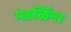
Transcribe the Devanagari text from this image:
मंडळिंना